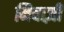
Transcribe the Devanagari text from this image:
निवाज़ी